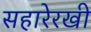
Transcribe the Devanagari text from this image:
सहारेरखी